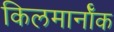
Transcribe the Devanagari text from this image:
किलमार्नॉक